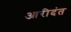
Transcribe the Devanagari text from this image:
आरीदंत